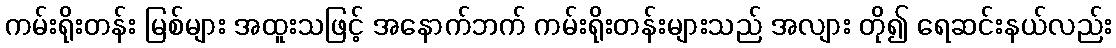
ကမ်းရိုးတန်း မြစ်များ အထူးသဖြင့် အနောက်ဘက် ကမ်းရိုးတန်းများသည် အလျား တို၍ ရေဆင်းနယ်လည်း